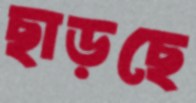
ছাড়ছে